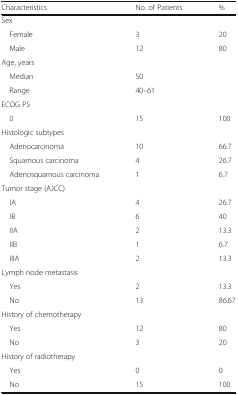
<table><thead><tr><td><b>Characteristics</b></td><td><b>No. of Patients</b></td><td><b>%</b></td></tr></thead><tbody><tr><td colspan="3">Sex</td></tr><tr><td> Female</td><td>3</td><td>20</td></tr><tr><td> Male</td><td>12</td><td>80</td></tr><tr><td colspan="3">Age, years</td></tr><tr><td> Median</td><td colspan="2">50</td></tr><tr><td> Range</td><td colspan="2">40–61</td></tr><tr><td colspan="3">ECOG PS</td></tr><tr><td> 0</td><td>15</td><td>100</td></tr><tr><td colspan="3">Histologic subtypes</td></tr><tr><td> Adenocarcinoma</td><td>10</td><td>66.7</td></tr><tr><td> Squamous carcinoma</td><td>4</td><td>26.7</td></tr><tr><td> Adenosquamous carcinoma</td><td>1</td><td>6.7</td></tr><tr><td colspan="3">Tumor stage (AJCC)</td></tr><tr><td> IA</td><td>4</td><td>26.7</td></tr><tr><td> IB</td><td>6</td><td>40</td></tr><tr><td> IIA</td><td>2</td><td>13.3</td></tr><tr><td> IIB</td><td>1</td><td>6.7</td></tr><tr><td> IIIA</td><td>2</td><td>13.3</td></tr><tr><td colspan="3">Lymph node metastasis</td></tr><tr><td> Yes</td><td>2</td><td>13.3</td></tr><tr><td> No</td><td>13</td><td>86.67</td></tr><tr><td colspan="3">History of chemotherapy</td></tr><tr><td> Yes</td><td>12</td><td>80</td></tr><tr><td> No</td><td>3</td><td>20</td></tr><tr><td colspan="3">History of radiotherapy</td></tr><tr><td> Yes</td><td>0</td><td>0</td></tr><tr><td> No</td><td>15</td><td>100</td></tr></tbody></table>